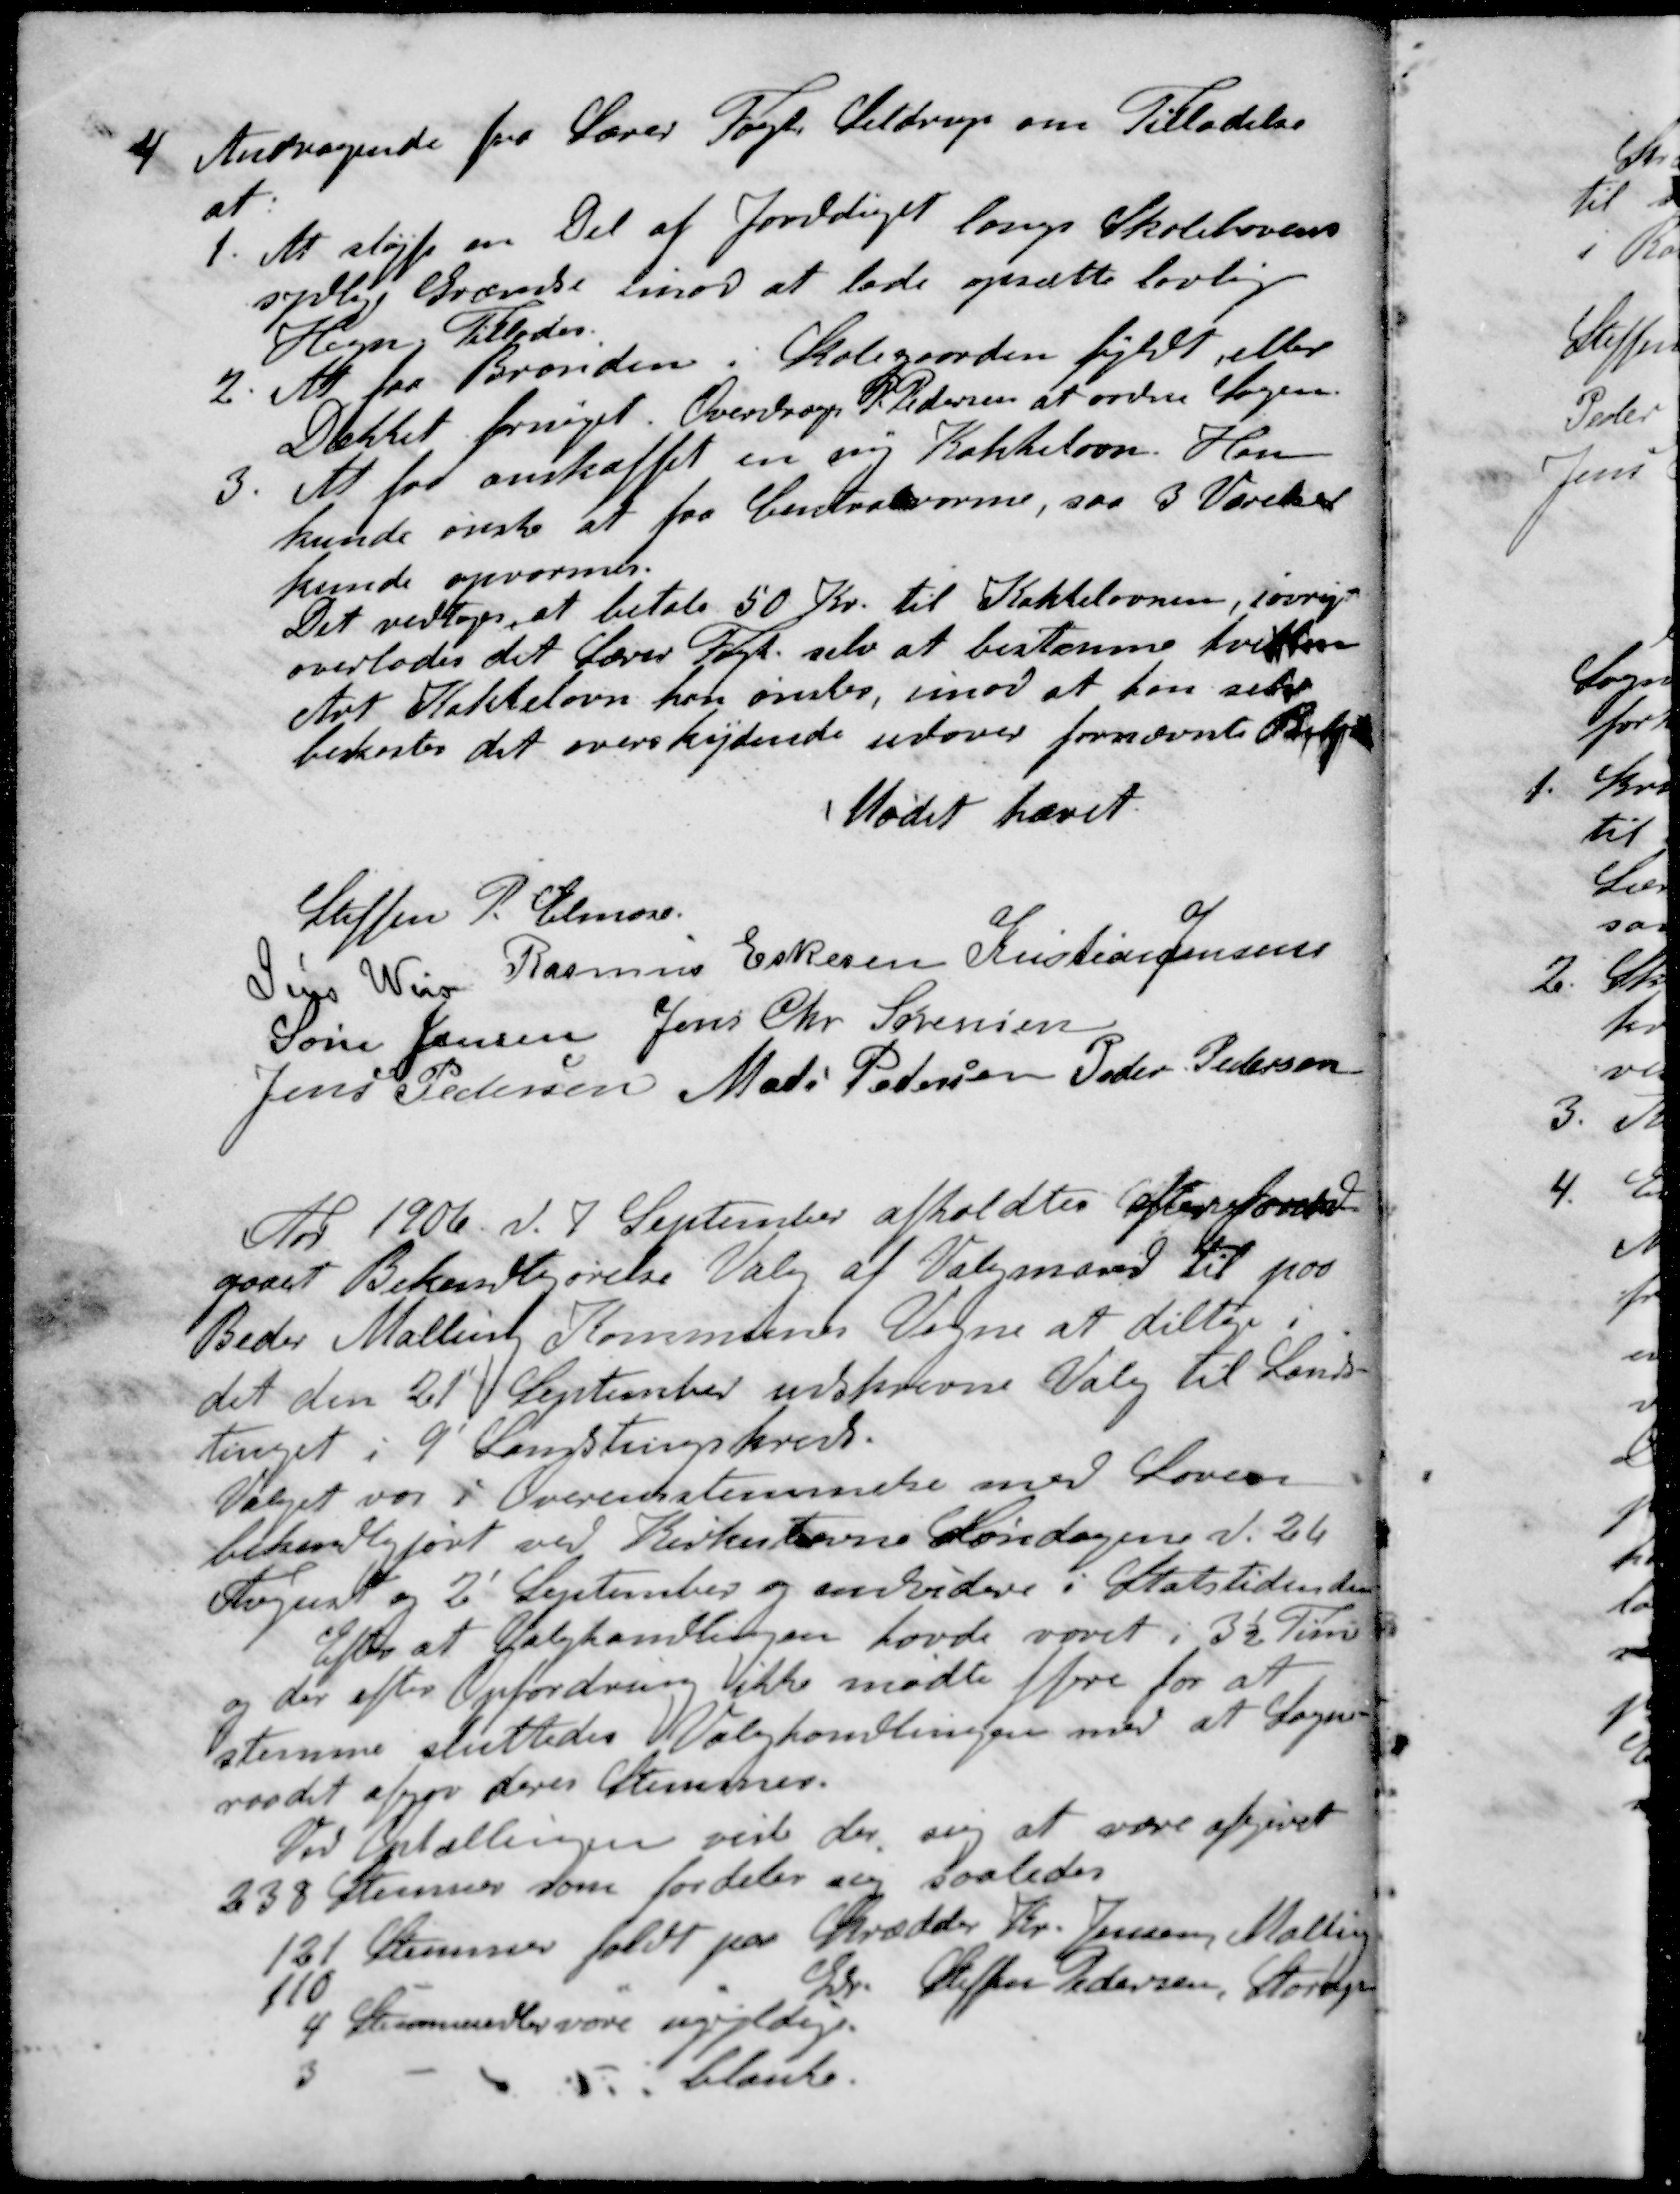
Transskription:
4. Andragende fra Lærer Fogt Seldrup om Tilladelse
at
1. At sløjfe en Del af Jorddiget langs Skolehavens
sydlige Grænse imod at lade opsætte lovlig
Hegn. Tillades
2. At faa Brønden i Skolegaarden fyldt eller
Dækket fornyet. Overdroges St Pedersen at ordne Sagen.
3. At faa anskaffet en ny Kakkelovn. Han
kunde ønske at faa Centralvarme, saa 3 Værelser
kunde opvarmes
Det vedtoges, at betale 50 Kr. til Kakkelovnen, iøvrige
overlodes det Lærer Fogt, selv at bestemme hvilken
Art Kakkelovn kan ønsker, imod at han selv
bekoster det overskydende udover fornævnte Beløb
Mødet hævet.
Steffen P Elmose
Jens Weis
Rasmus Eskesen
Kristian Jensen
Søren Jensen
Jens Chr Sørensen
Jens Pedersen
Mads Pedersen
Peder Pedersen
Aar 1906. d. 7 September afholdtes efter forud-
gaaet Bekendtgørelse Valg af Valgmænd til paa
Beder Malling Kommunes Vegne at deltage i
det den 21 September udskrevne Valg til Lands-
tinget i 9 Landstingskreds.
Valget var i Overensstemmelse med Loven
bekendtgjort ved Kirkestævne Søndagene d. 26
August og 2' September og endvidere i Statstidende
Efter at Valghandlingen havde varet i 3½ Time
og der efter Opfordring ikke mødte flere for at
stemme sluttedes Valghandlingen med at Sogne
raadet afgav deres Stemmer.
Ved Optællingen viste der sig at være afgivet
238 Stemmer som fordeler sig saaledes
131 Stemmer faldt paa Skrædder Kr. Jensen, Malling
110 " " " Steffen Pedersen, Starup
4 Stemmer vare ugyldige
3 - - blanke.